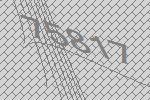
75817